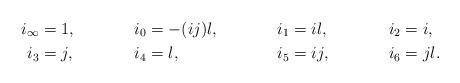
\begin{align*} i_\infty &= 1, & i_0 &= -(ij)l, & i_1 &= il, & i_2 &= i,\\ i_3 &= j, & i_4 &= l, & i_5 &= ij, & i_6 &= jl.\end{align*}